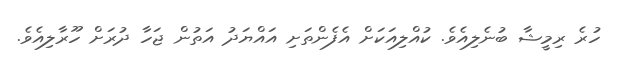
ހުރެ ރިމީޝާ ބުނެލިއެވެ. ކުއްލިއަކަށް އެފެންތަށި އައްޔަދު އަތުން ޖަހާ ދުރަށް ހޫރާލިއެވެ.